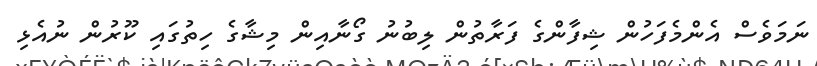
ނަމަވެސް އެންމެފަހުން ޝިފާންގެ ފަރާތުން ލިބުނު ގޯނާއިން މިޝާގެ ހިތުގައި ކޫރުން ނުއެޅި